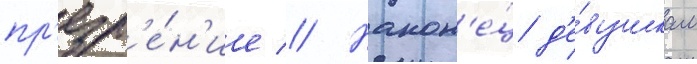
пр'езр'е́н'ие // Након'е́ц д'е́вушкам